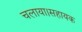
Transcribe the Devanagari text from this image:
चलाया।सहायक